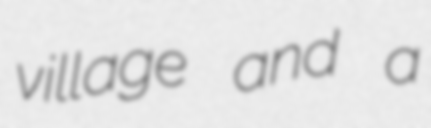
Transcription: village and a